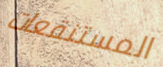
المستنقعات